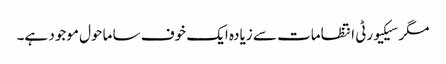
مگر سیکیورٹی انتظامات سے زیادہ ایک خوف سا ماحول موجود ہے۔